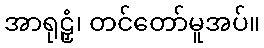
အာရုဠှံ၊ တင်တော်မူအပ်။